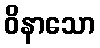
ဝိနာသော